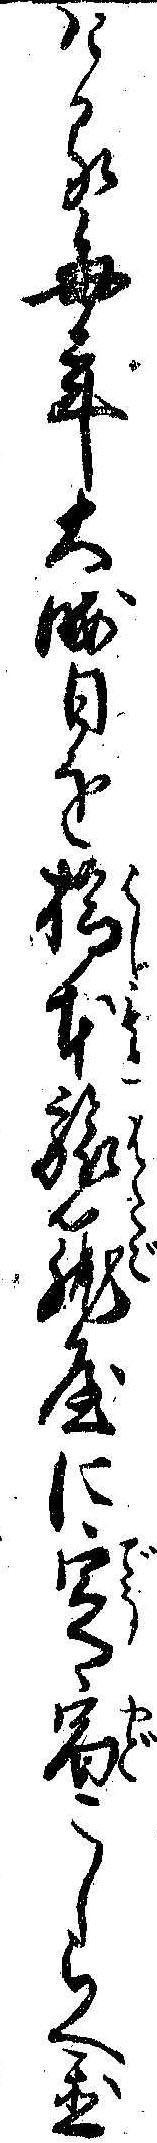
ける毎年大晦日を橋本旅篭屋に定宿こしらへ置